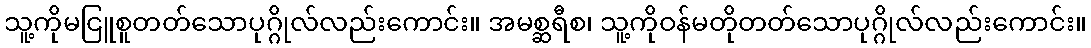
သူ့ကိုမငြူစူတတ်သောပုဂ္ဂိုလ်လည်းကောင်း။ အမစ္ဆရီစ၊ သူ့ကိုဝန်မတိုတတ်သောပုဂ္ဂိုလ်လည်းကောင်း။